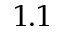
1 . 1